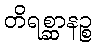
တိရစ္ဆာနဉ္စ